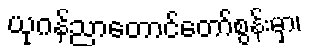
ယုဂန်ညာတောင်တော်စွန်းမှာ၊